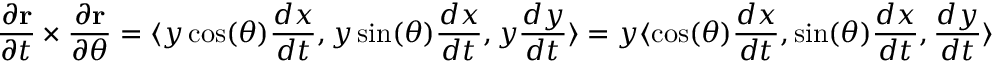
{ \frac { \partial \mathbf { r } } { \partial t } } \times { \frac { \partial \mathbf { r } } { \partial \theta } } = \langle y \cos ( \theta ) { \frac { d x } { d t } } , y \sin ( \theta ) { \frac { d x } { d t } } , y { \frac { d y } { d t } } \rangle = y \langle \cos ( \theta ) { \frac { d x } { d t } } , \sin ( \theta ) { \frac { d x } { d t } } , { \frac { d y } { d t } } \rangle